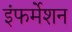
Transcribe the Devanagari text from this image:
इंफर्मेशन